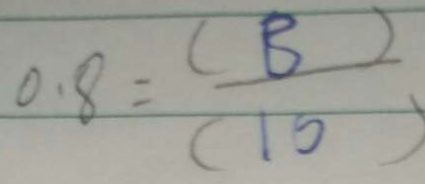
0 . 8 = \frac { ( B ) } { ( 1 0 ) }